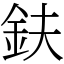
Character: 鈇